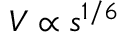
V \propto s ^ { 1 / 6 }